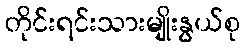
တိုင်းရင်းသားမျိုးနွယ်စု